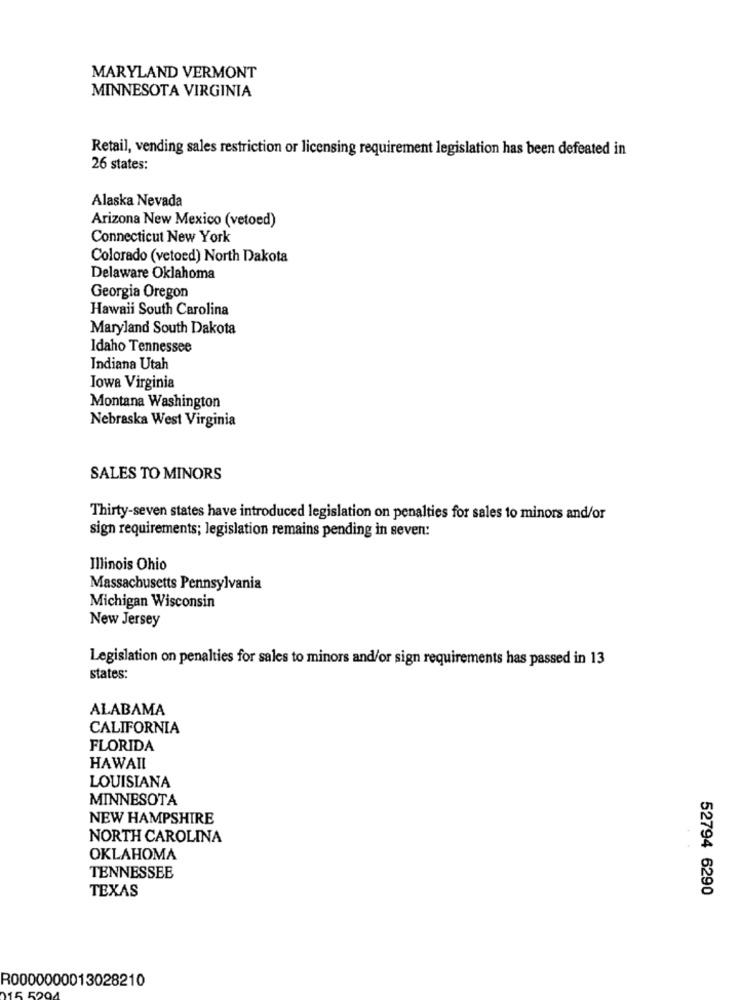
MARYLAND VERMONT
MINNESOTA VIRGINIA
Retail, vending sales restriction or licensing requirement legislation has been defeated in
26 states:
Alaska Nevada
Arizona New Mexico (vetoed)
Connecticut New York
Colorado (vetoed) North Dakota
Delaware Oklahoma
Georgia Oregon
Hawaii South Carolina
Maryland South Dakota
Idaho Tennessee
Indiana Utah
Jowa Virginia
Montana Washington
Nebraska West Virginia
SALES TO MINORS
Thirty-seven states have introduced legislation on penalties for sales to minors and/or
sign requirements; legislation remains pending in seven:
Illinois Ohio
Massachusetts Pennsylvania
Michigan Wisconsin
New Jersey
Legislation on penalties for sales to minors and/or sign requirements has passed in 13
states:
ALABAMA
CALIFORNIA
FLORIDA
HAWAII
LOUISIANA
MINNESOTA
NEW HAMPSHIRE
NORTH CAROLINA
OKLAHOMA
TENNESSEE
TEXAS
52794 6290
R0000000013028210